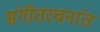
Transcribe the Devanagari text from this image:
संगीतरचनांत